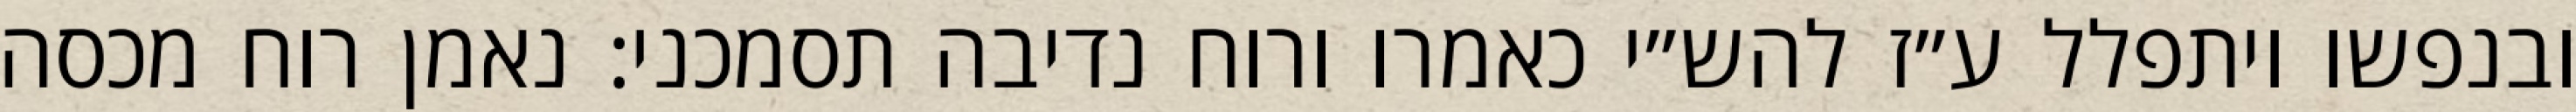
ובנפשו ויתפלל ע״ז להש״י כאמרו ורוח נדיבה תסמכני: נאמן רוח מכסה